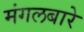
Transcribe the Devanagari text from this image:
मंगलबारे